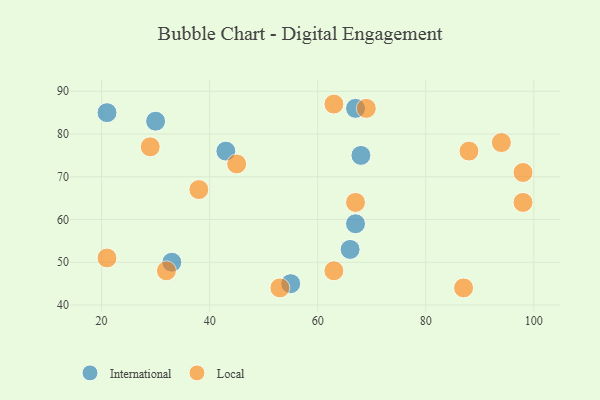
{"axis": {"x": "GDP", "y": "Life Expectancy"}, "legend": ["International", "Local"], "data": [{"x": "66", "y": 53, "type": "International"}, {"x": "43", "y": 76, "type": "International"}, {"x": "30", "y": 83, "type": "International"}, {"x": "33", "y": 50, "type": "International"}, {"x": "55", "y": 45, "type": "International"}, {"x": "67", "y": 86, "type": "International"}, {"x": "68", "y": 75, "type": "International"}, {"x": "21", "y": 85, "type": "International"}, {"x": "67", "y": 59, "type": "International"}, {"x": "69", "y": 86, "type": "Local"}, {"x": "38", "y": 67, "type": "Local"}, {"x": "29", "y": 77, "type": "Local"}, {"x": "53", "y": 44, "type": "Local"}, {"x": "45", "y": 73, "type": "Local"}, {"x": "21", "y": 51, "type": "Local"}, {"x": "88", "y": 76, "type": "Local"}, {"x": "32", "y": 48, "type": "Local"}, {"x": "63", "y": 87, "type": "Local"}, {"x": "98", "y": 64, "type": "Local"}, {"x": "94", "y": 78, "type": "Local"}, {"x": "87", "y": 44, "type": "Local"}, {"x": "67", "y": 64, "type": "Local"}, {"x": "63", "y": 48, "type": "Local"}, {"x": "98", "y": 71, "type": "Local"}]}